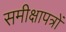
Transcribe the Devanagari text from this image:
समीक्षापत्रों